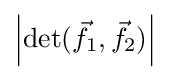
\left|\det({\vec {f}}_{1},{\vec {f}}_{2})\right|